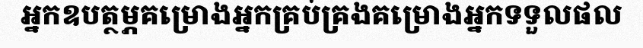
អ្នកឧបត្ថម្ភគម្រោងអ្នកគ្រប់គ្រងគម្រោងអ្នកទទួលផល